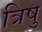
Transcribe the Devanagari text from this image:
त्रिषु